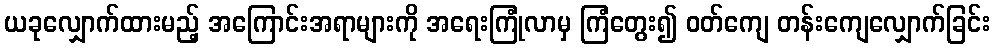
ယခုလျှောက်ထားမည့် အကြောင်းအရာများကို အရေးကြုံလာမှ ကြံတွေး၍ ဝတ်ကျေ တန်းကျေလျှောက်ခြင်း